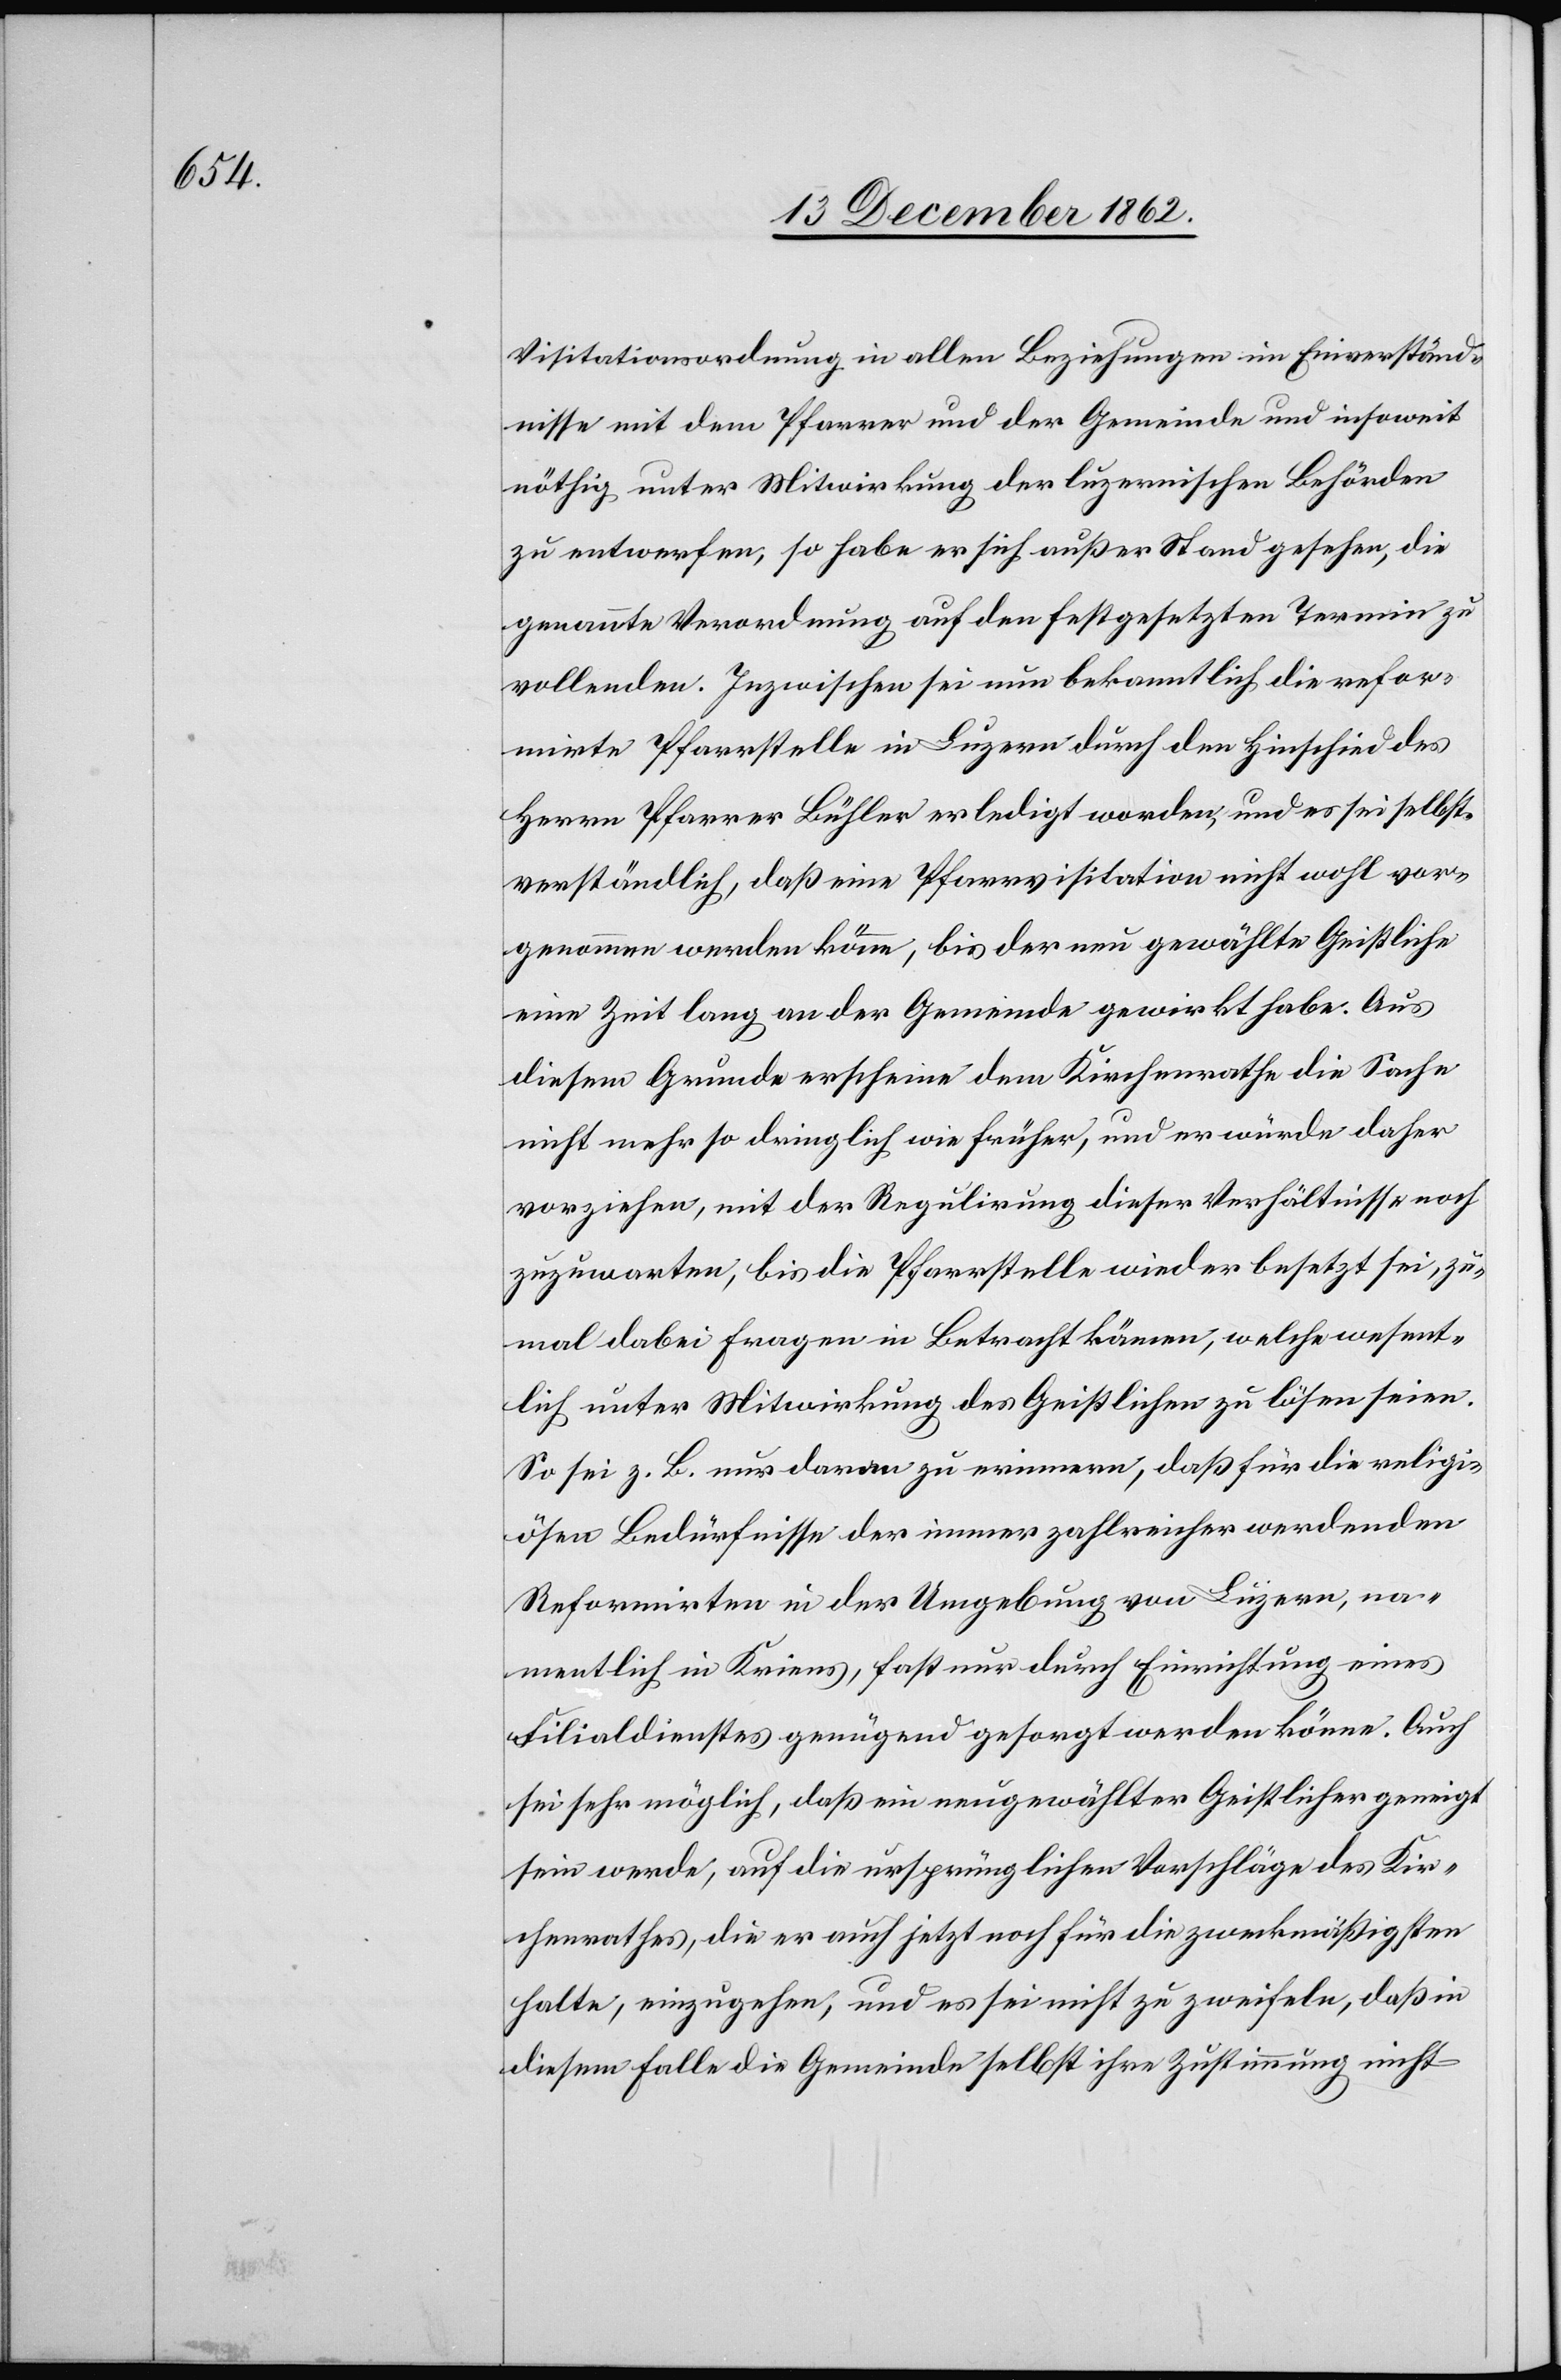
Visitationsordnung in allen Beziehungen im Einverständ¬
nisse mit dem Pfarrer und der Gemeinde und insoweit
nöthig unter Mitwirkung der luzernischen Behörden
zu entwerfen, so habe er sich außer Stand gesehen, die
genannte Verordnung auf den festgesetzten Termin zu
vollenden. Inzwischen sei nun bekanntlich die refor¬
mirte Pfarrstelle in Luzern durch den Hinschied des
Herrn Pfarrer Bühler erledigt worden, und es sei selbst¬
verständlich, daß eine Pfarrvisitation nicht wohl vor¬
genommen werden könne, bis der neu gewählte Geistliche
eine Zeit lang an der Gemeinde gewirkt habe. Aus
diesem Grunde erscheine dem Kirchenrath die Sache
nicht mehr so dringlich wie früher, und er würde daher
vorziehen, mit der Regulirung dieser Verhältnisse noch
zuzuwarten, bis die Pfarrstelle wieder besetzt sei, zu¬
mal dabei Fragen in Beatracht kämen, welche wesent¬
lich unter Mitwirkung des Geistlichen zu lösen seien.
So sei z. B. nur daran zu erinnern, daß für die religi¬
ösen Bedürfnisse der immer zahlreicher werdenden
Reformirten in der Umgebung von Luzern, na¬
mentlich in Kriens, fast nur durch Einrichtung eines
Filialdienstes genügend gesorgt werden könne. Auch
sei sehr möglich, daß ein neugewählter Geistlicher geneigt
sein werde, auf die ursprünglichen Vorschläge des Kir¬
chenrathes, die er auch jetzt noch für die zweckmäßigsten
halte, einzugehen, und es sei nicht zu zweifeln, daß in
diesem Falle die Gemeinde selbst ihre Zustimmung nicht